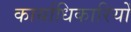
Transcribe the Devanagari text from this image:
कार्याधिकारियों